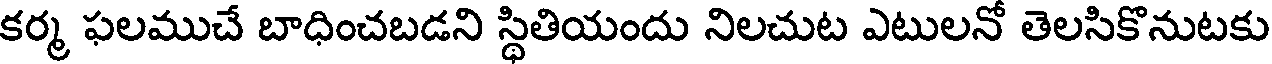
కర్మ ఫలముచే బాధించబడని స్థితియందు నిలచుట ఎటులనో తెలసికొనుటకు